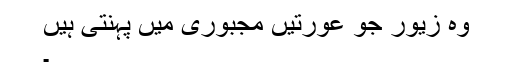
وہ زیور جو عورتیں مجبوری میں پہنتی ہیں
۔